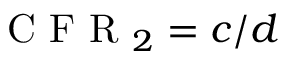
\textrm { C F R } _ { 2 } = c / d